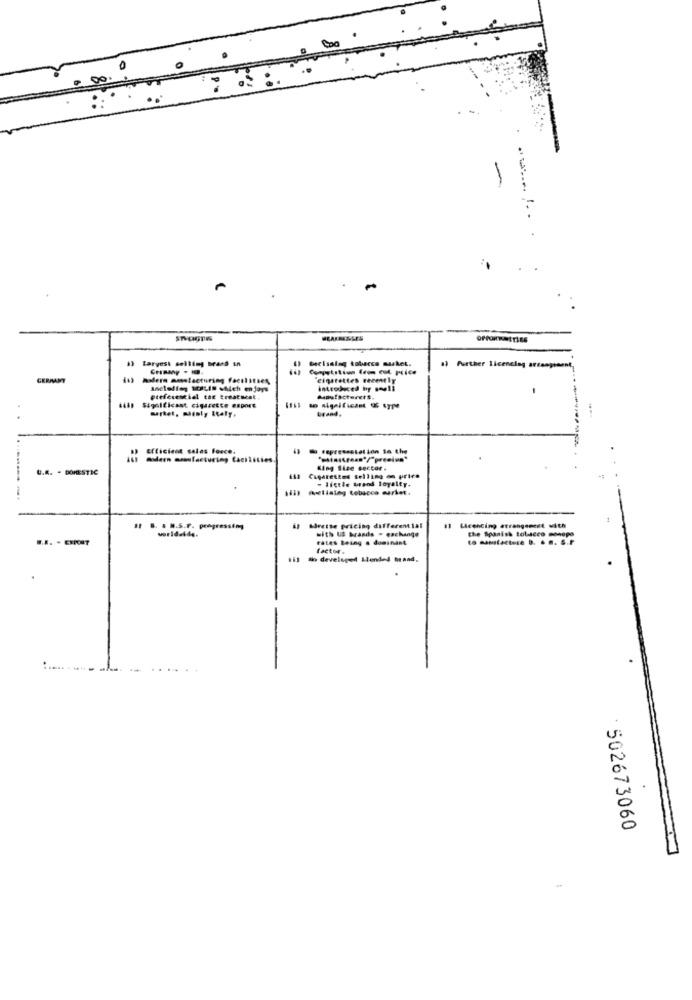
00.
1) largest selling brand in
becisalag tobacco musket.
a) Further licencing arte
GERMANY
413 hadere montecturing facilit
Cigarettes cheently
introduced hy soll
-
preferencial the treatment.
Mumufacteret#.
Significant cigarette export
Efficient sales Force.
U.R. .
DOMESTIC
King Size sector .
ist Cigarettes selling os price
- little brand loyalty.
hill meliaing tobacco wurket.
worldwide.
is adrette pricing differential
with US brands . eachange
11 Licencing arrangement with
rates Being a dominant
The Spanish tobacco monops
factor.
Sho developed Landed benad.
502673060